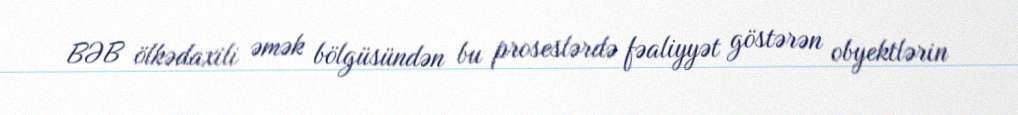
BƏB ölkədaxili əmək bölgüsündən bu proseslərdə fəaliyyət göstərən obyektlərin